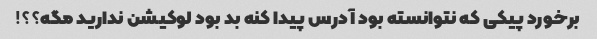
برخورد پیکی‌ که نتوانسته بود آدرس پیدا کنه بد بود لوکیشن ندارید مگه؟؟!